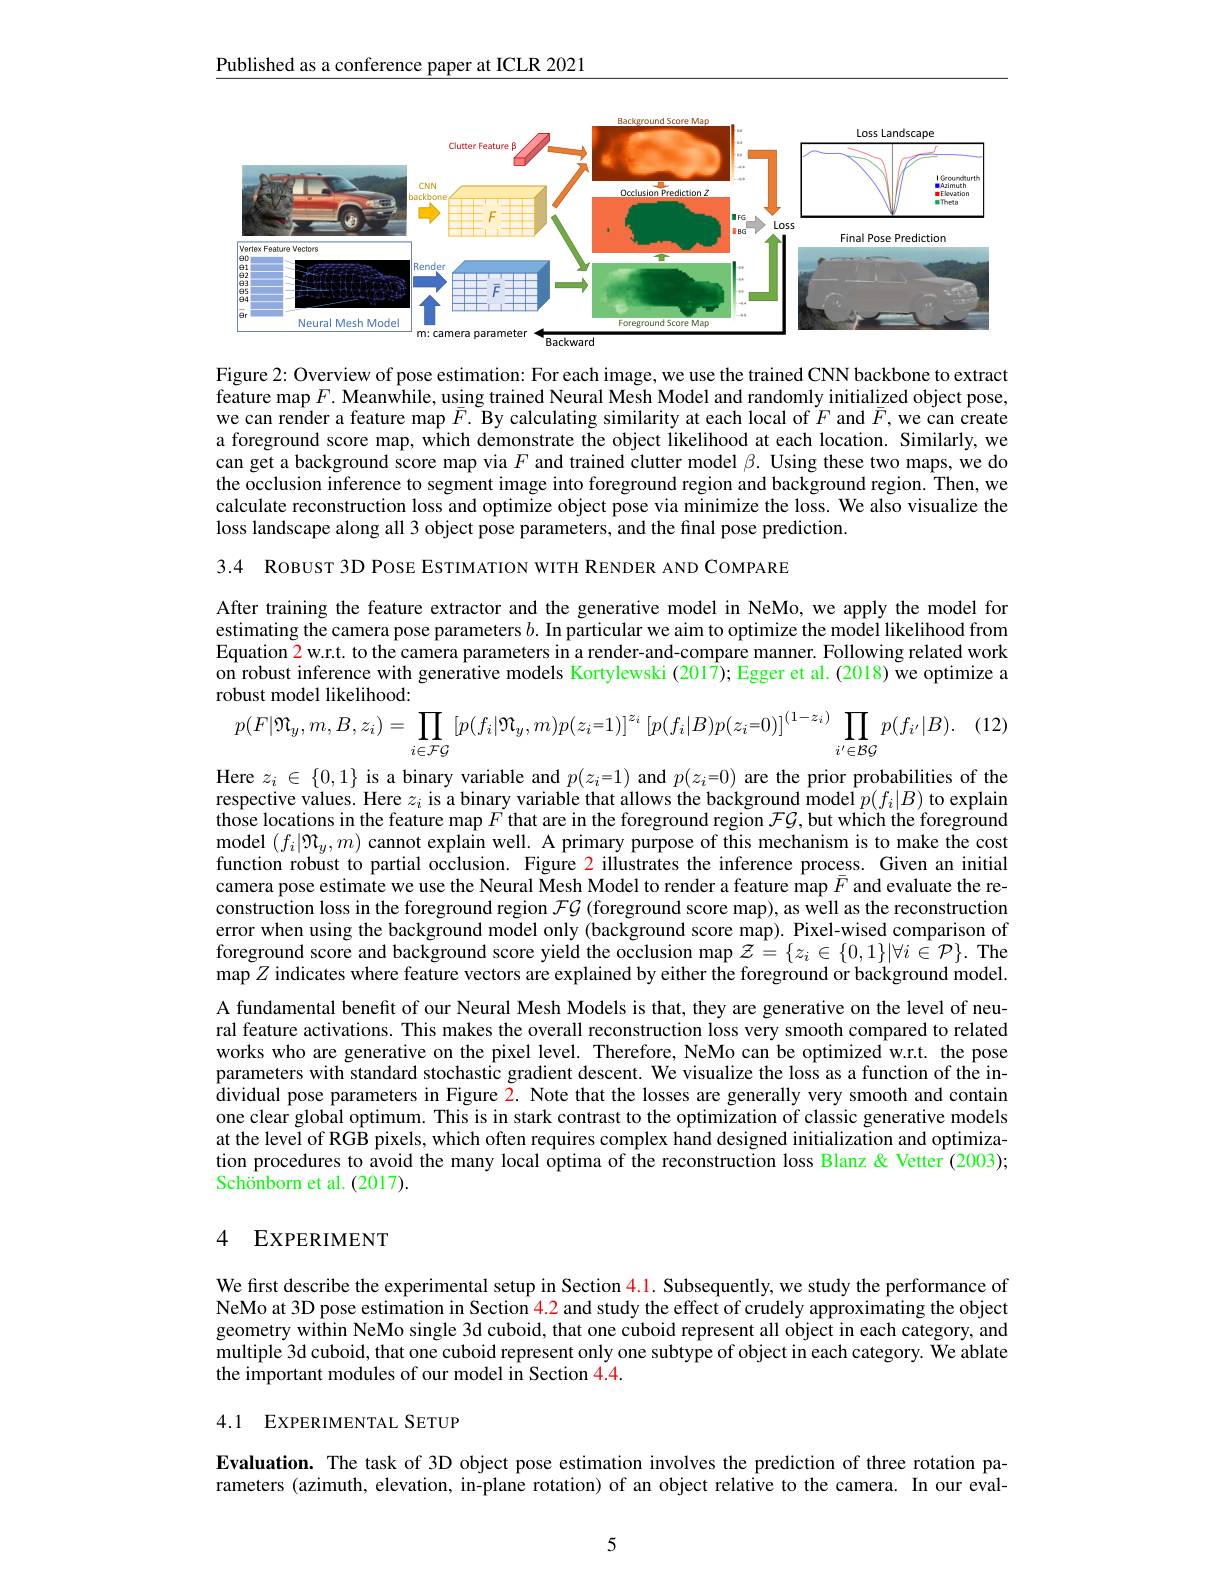
$\underline{\text{Published as a conference paper at ICLR 2021}}$

<FigureHere>

Figure 2: Overview of pose estimation: For each image, we use the trained CNN backbone to extract $\tilde{\text{feature map }F.\text{ Meanwhile, using trained Neural Mesh Model and randomly initialized object pose,}}$ we can render a feature map $\bar{F}.$ By calculating similarity at each local of $F$ and $\bar{F}$,we can create a foreground score map, which demonstrate the object likelihood at each location. Similarly, we can get a background score map via $F$ and trained clutter model $\beta.$ Using these two maps, we do the occlusion inference to segment image into foreground region and background region. Then, we calculate reconstruction loss and optimize object pose via minimize the loss. We also visualize the loss landscape along all 3 object pose parameters, and the final pose prediction.

3.4 ROBUST 3D POSE ESTIMATION WITH RENDER AND COMPARE

After training the feature extractor and the generative model in NeMo, we apply the model for estimating the camera pose parameters $b.$ In particular we aim to optimize the model likelihood from Equation $\color{red}2$ w.r.t. to the camera parameters in a render-and-compare manner. Following related work on robust inference with generative models Kortylewski (2017); Egger et al. (2018) we optimize a robust model likelihood:
$$p(F|\mathfrak{N}_{y},m,B,z_{i})=\prod_{i\in\mathcal{FG}}\left[p(f_{i}|\mathfrak{N}_{y},m)p(z_{i}=1)\right]^{z_{i}}\left[p(f_{i}|B)p(z_{i}=0)\right]^{(1-z_{i})}\prod_{i^{\prime}\in\mathcal{BG}}p(f_{i^{\prime}}|B).$$
(12

Here $z_i\in\{0,1\}$ is a binary variable and $p(z_i=1)$ and $p(z_i=0)$ are the prior probabilities of the respective values. Here $z_i$ is a binary variable that allows the background model $p(f_i|B)$ to explain $\hat{\text{those locations in the feature map }F}$ that are in the foreground region $\mathcal{FG}, \tilde{\text{but which the foreground}}$ $\begin{array}{c}\text{model }(f_i|\mathfrak{M}_y,m)&\text{cannot explain well. A primary purpose of this mechanism is to make the cost}\\\end{array}$ function robust to partial occlusion. Figure $\color{red}{2}$ illustrates the inference process. Given an initial camera pose estimate we use the Neural Mesh Model to render a feature map $\bar{F}$ and evaluate the reconstruction loss in the foreground region $\mathcal{FG}$ (foreground score map), as well as the reconstruction error when using the background model only (background score map). Pixel-wised comparison of foreground score and background score yield the occlusion map $\mathcal{Z}=\{z_i\in\{0,1\}|\forall i\in\mathcal{P}\}.$ The map $Z$ indicates where feature vectors are explained by either the foreground or background model. A fundamental benefit of our Neural Mesh Models is that, they are generative on the level of neural feature activations. This makes the overall reconstruction loss very smooth compared to related works who are generative on the pixel level. Therefore, NeMo can be optimized w.r.t. the pose parameters with standard stochastic gradient descent. We visualize the loss as a function of the individual pose parameters in Figure $\color{red}2.$ Note that the losses are generally very smooth and contain one clear global optimum. This is in stark contrast to the optimization of classic generative models at the level of RGB pixels, which often requires complex hand designed initialization and optimization procedures to avoid the many local optima of the reconstruction loss Blanz & Schönborn et al.(2017).

### 4 EXPERIMENT

We first describe the experimental setup in Section $\color{red}{4.1.\text{ Subsequently,we study the performance of}}$ NeMo at 3D pose estimation in Section $\color{red}{4.2}$ and study the effect of crudely approximating the object geometry within NeMo single 3d cuboid, that one cuboid represent all object in each category, and multiple 3d cuboid, that one cuboid represent only one subtype of object in each category. We ablate the important modules of our model in Section 4.4.

# 4.1 EXPERIMENTAL SETUP

Evaluation. The task of 3D object pose estimation involves the prediction of three rotation parameters (azimuth, elevation, in-plane rotation) of an object relative to the camera. In our eval-

5